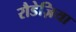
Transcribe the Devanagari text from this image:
रौडेज़िया